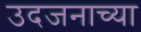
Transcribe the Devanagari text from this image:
उदजनाच्या